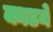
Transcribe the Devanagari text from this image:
काढने